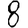
Digit: 8